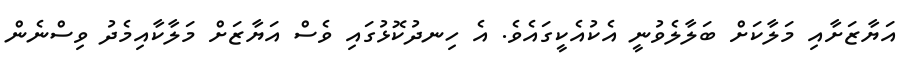
އަޔާޒަށާއި މަލާކަށް ބަލާލެވުނީ އެކުއެކީގައެވެ. އެ ހިނދުކޮޅުގައި ވެސް އަޔާޒަށް މަލާކާއިމެދު ވިސްނެން